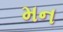
મન